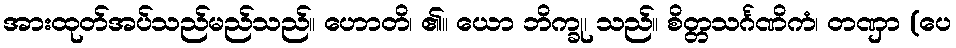
အားထုတ်အပ်သည်မည်သည်။ ဟောတိ၊ ၏။ ယော ဘိက္ခု၊ သည်။ စိတ္တသင်္ဂဏိကံ၊ တဏှာ (ပေ